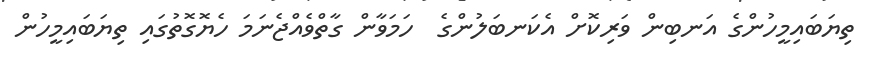
ތިޔަބައިމީހުންގެ އަނބިން ވަރިކޮށް އެކަނބަލުންގެ  ހަމަވާން ގާތްވެއްޖެނަމަ ހެޔޮގޮތުގައި ތިޔަބައިމީހުން